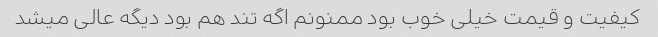
کیفیت و قیمت خیلی خوب بود ممنونم اگه تند هم بود دیگه عالی میشد